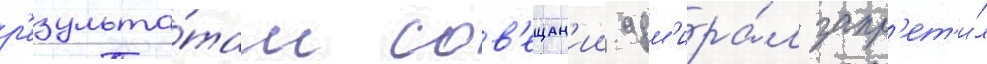
р'езульта́там сов'ещан'ии адм'ира́л запр'ет'и́л